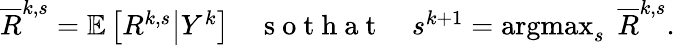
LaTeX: \begin{array}{r}{\overline{{R}}^{k,s}=\mathbb{E}\left[R^{k,s}\big|Y^{k}\right]\quad\mathrm{~s~o~t~h~a~t~}\quad s^{k+1}=\operatorname*{argmax}_{s}\; \overline{{R}}^{k,s}.}\end{array}